Vaccination in Burma 1920-1933 - 1920-1933
Year: 1920
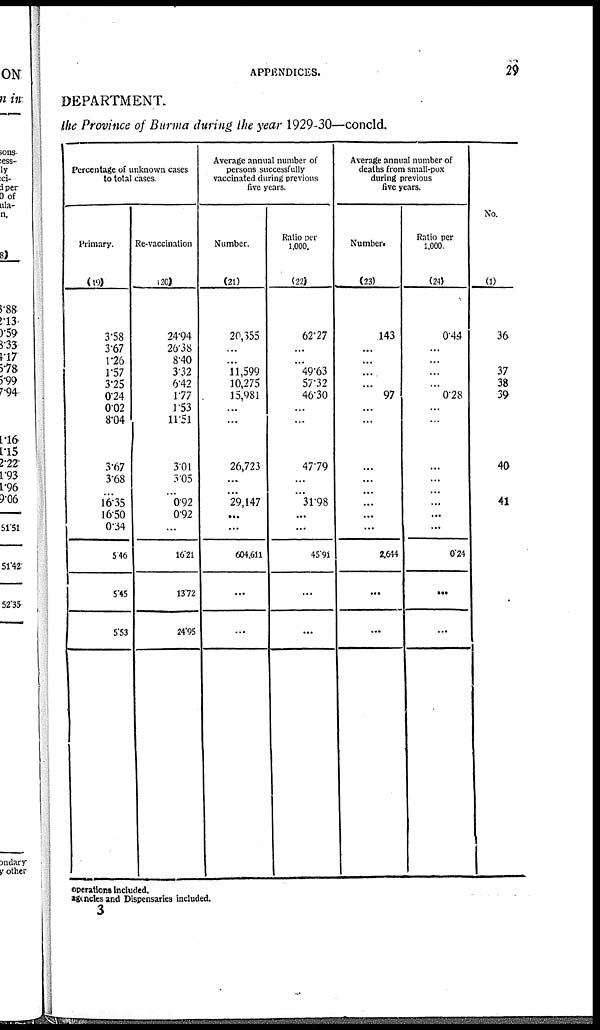
APPENDICES.
29
DEPARTMENT.
the Province of Burma during the year 1929-30—concld.
Percentage of unknown cases
to total cases.
Primary.
(19)
3.58
3.67
1.26
1.57
3.25
0.24
0.02
8.04
3.67
3.68
...
16.35
16.50
0.34
5.46
5.45
5.53
Re-vaccination
(20)
24.94
26.38
8.40
3.32
6.42
1.77
1.53
11.51
3.01
3.05
...
0.92
0.92
...
16.21
13.72
24.95
Average annual number of
persons successfully
vaccinated during previous
five years.
Number.
(21)
20,355
...
...
11,599
10,275
15,981
...
...
26,723
...
... 29,147
...
...
604,611
...
...
Ratio per
1,000.
(22)
62.27
...
...
49.63
57.32
46.30
...
...
47.79
...
... 31.98
...
...
45.91
...
...
Average annual number of
deaths from small-pox
during previous
five years.
Number.
(23)
143
...
...
...
...
97
...
...
...
...
...
...
...
...
2,644
...
...
Ratio per
1,000.
(24)
0.44
...
...
...
...
0.28
...
...
...
...
...
...
...
...
0.24
...
...
No.
(1)
36
37
38
39
40
41
operations included.
agencies and Dispensaries included.
3